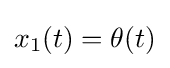
x_{1}(t)=\theta (t)